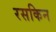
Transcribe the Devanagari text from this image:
रसकिन